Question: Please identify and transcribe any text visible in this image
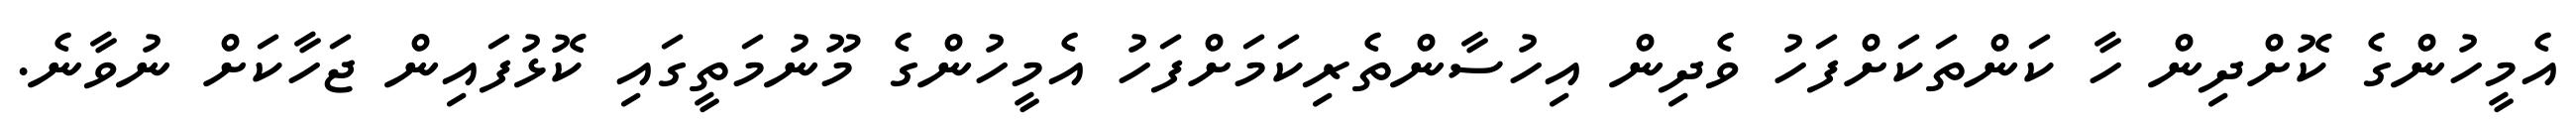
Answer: އެމީހުންގެ ކޮށްދިން ހާ ކަންތަކަށްފަހު ވެދިން އިހުސާންތެރިކަމަށްފަހު އެމީހުންގެ މޫނުމަތީގައި ކޮޅުފައިން ޖަހާކަށް ނުވާނެ.